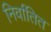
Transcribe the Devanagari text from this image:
निर्वातित